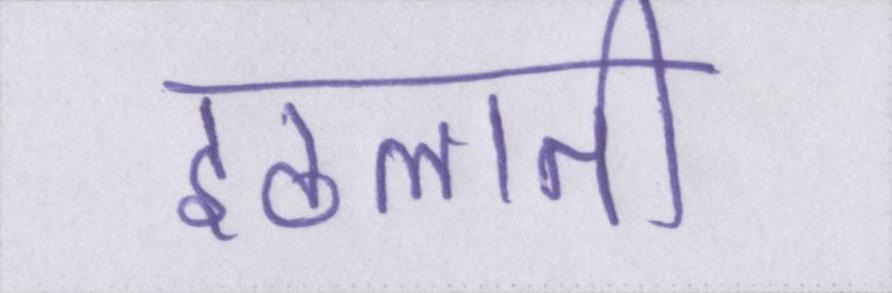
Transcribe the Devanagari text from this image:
इठलाती